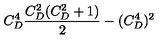
C _ { D } ^ { 4 } { \frac { C _ { D } ^ { 2 } ( C _ { D } ^ { 2 } + 1 ) } { 2 } } - ( C _ { D } ^ { 4 } ) ^ { 2 }